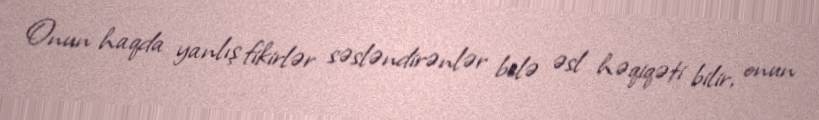
Onun haqda yanlış fikirlər səsləndirənlər belə əsl həqiqəti bilir, onun